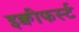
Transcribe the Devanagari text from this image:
इक्वीफर्स्ट